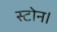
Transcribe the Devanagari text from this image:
स्टोन।